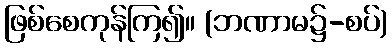
ဖြစ်စေကုန်ကြ၍။ (ဘဏာမ၌-စပ်)